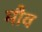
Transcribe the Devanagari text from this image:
मौव